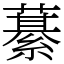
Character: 藄